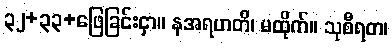
၃၂+၃၃+ဖြေခြင်းငှာ။ နအရဟတိ၊ မထိုက်။ သုစီရတ၊